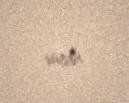
vurdu.